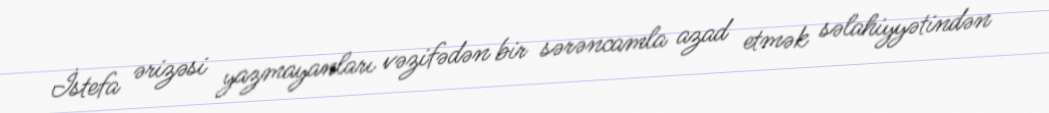
İstefa ərizəsi yazmayanları vəzifədən bir sərəncamla azad etmək səlahiyyətindən